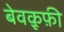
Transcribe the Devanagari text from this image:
बेवक़ूफ़ी